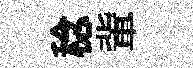
稔軰